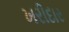
ખરીદાર